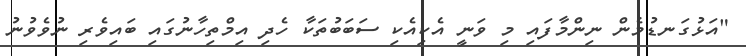
"އަޅުގަނޑުމެން ނިންމާފައި މި ވަނީ އެކިއެކި ސަބަބުތަކާ ހެދި އިމްތިހާނުގައި ބައިވެރި ނުވެވުނު